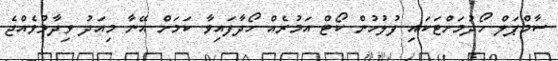
ސާމްޕަލް ހޯދުމަށްޓަކައި ފުލުހުން ކޯޓް އަމުރެއް ހޯދާފައިވާ ކަމަށް އޭނާ މިއަދު ވިދާޅުވެއްޖެ